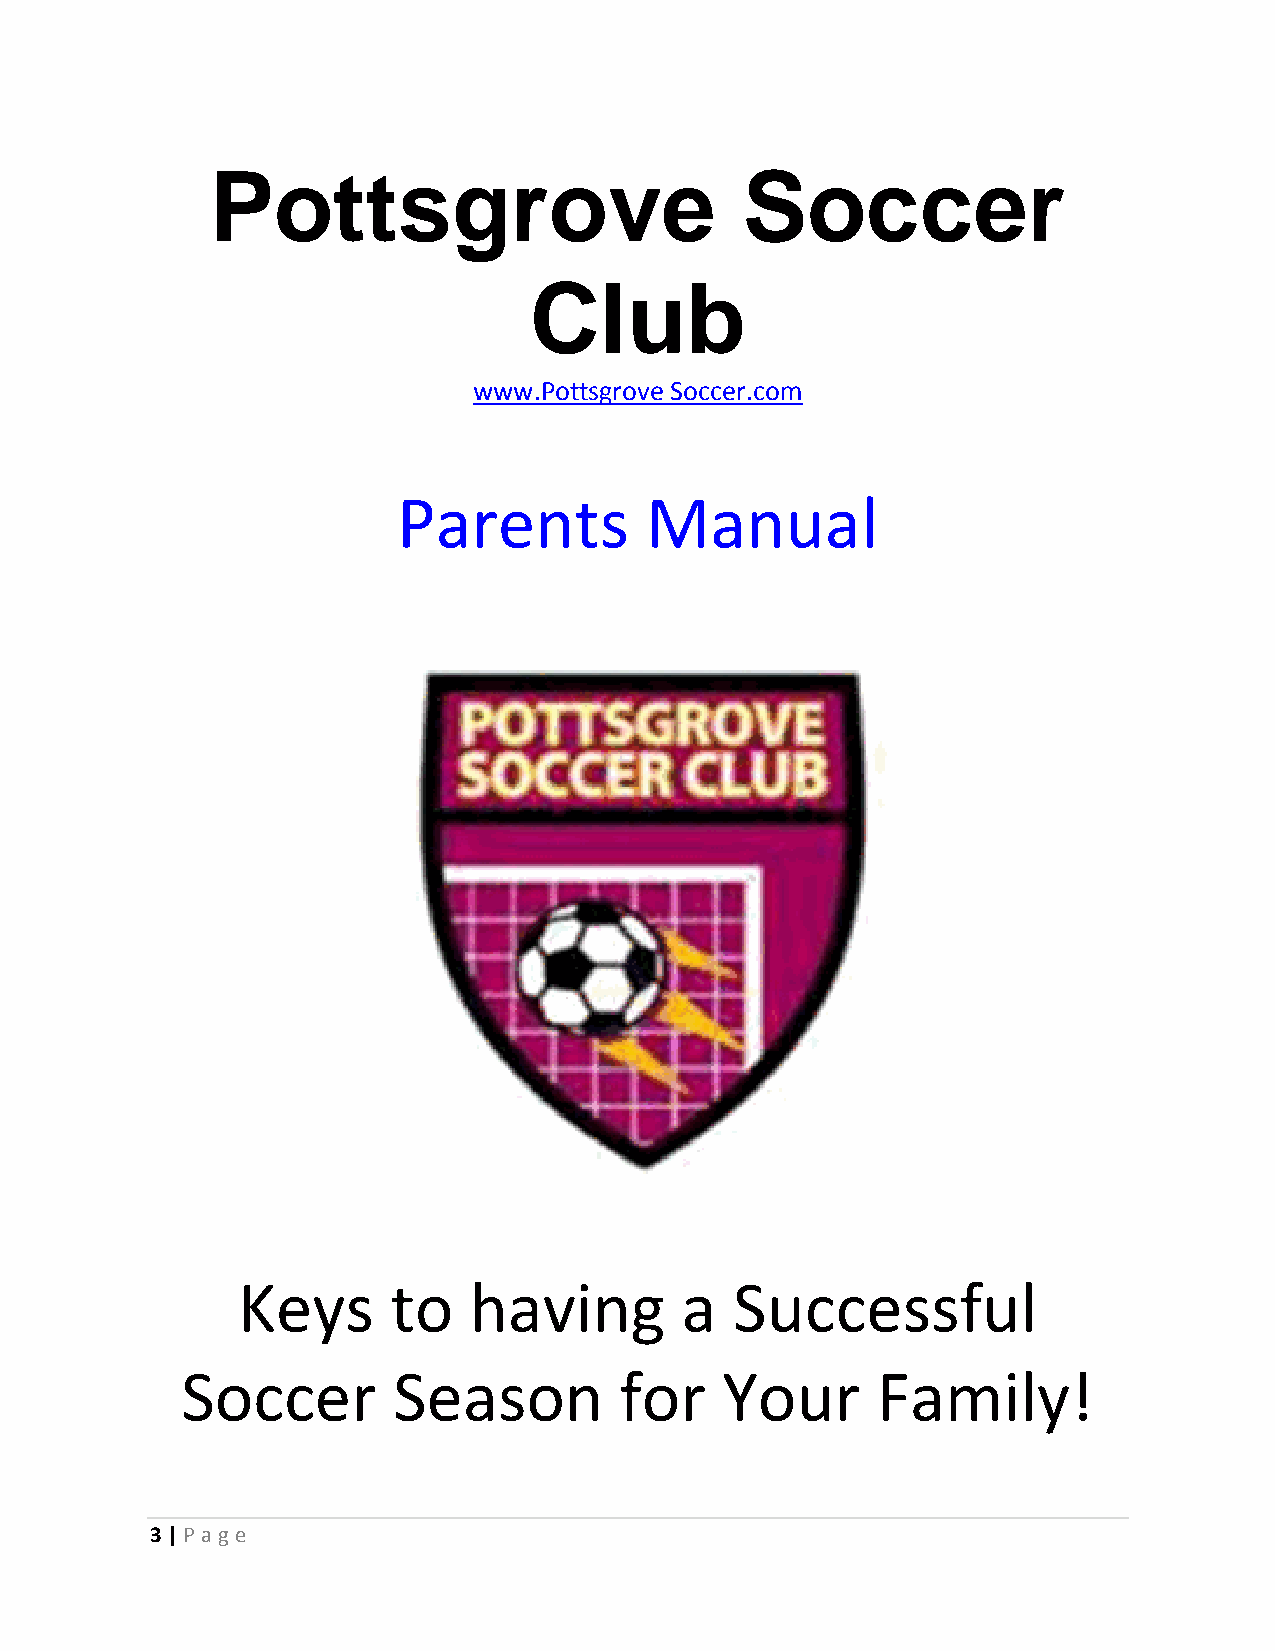
Pottsgrove                         Soccer
 Club
 www.Pottsgrove Soccer.com
 Parents          Manual
 Keys      to   having        a   Successful
 Soccer        Season         for    Your      Family!
 3 | P age